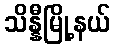
သိန္နီမြို့နယ်